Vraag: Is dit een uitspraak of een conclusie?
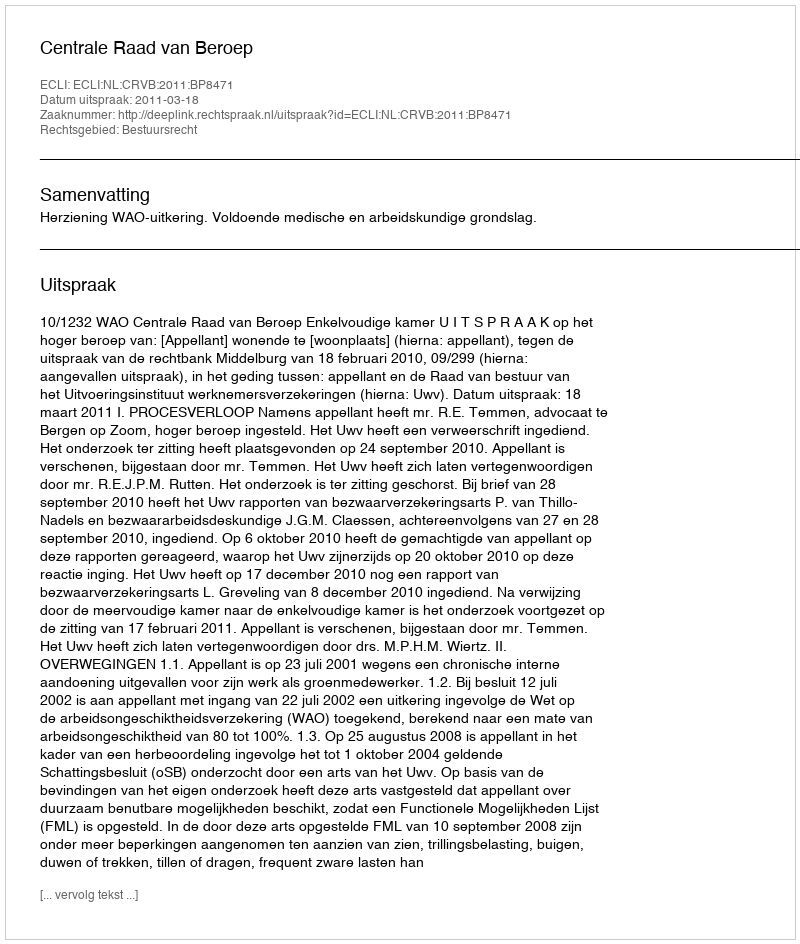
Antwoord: Uitspraak